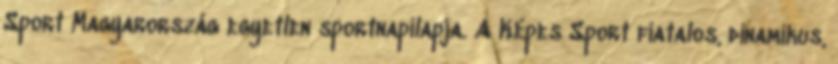
Sport Magyarország egyetlen sportnapilapja. A Képes Sport fiatalos, dinamikus,